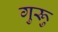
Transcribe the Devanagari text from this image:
गुरूु